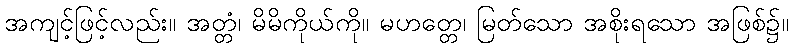
အကျင့်ဖြင့်လည်း။ အတ္တံ၊ မိမိကိုယ်ကို။ မဟတ္တေ၊ မြတ်သော အစိုးရသော အဖြစ်၌။